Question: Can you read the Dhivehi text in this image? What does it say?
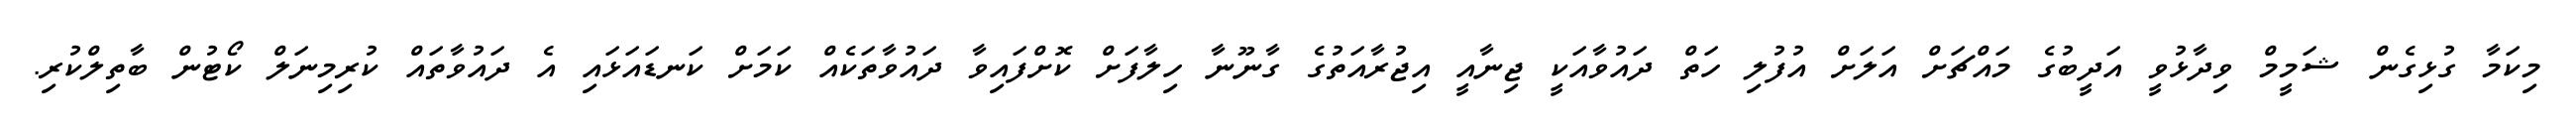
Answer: މިކަމާ ގުޅިގެން ޝަމީމް ވިދާޅުވީ އަދީބުގެ މައްޗަށް އަލަށް އުފުލި ހަތް ދައުވާއަކީ ޖިނާއީ އިޖުރާއަތުގެ ގާނޫނާ ހިލާފަށް ކޮށްފައިވާ ދައުވާތަކެއް ކަމަށް ކަނޑައަޅައި އެ ދައުވާތައް ކުރިމިނަލް ކޯޓުން ބާތިލްކުރި.